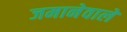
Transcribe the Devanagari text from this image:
जमानेवाले